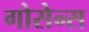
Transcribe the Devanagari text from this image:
गोसेन्स